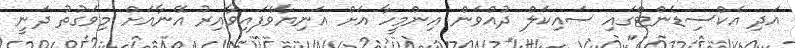
އަދި އެކްސިޑެންޓްގައި ސައިކަލް ދުއްވަން އިންމީހާ އަށް އަނިޔާވެފައިވާއިރު އޭނާއަށް މިވަގުތު ދަނީ